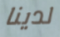
لدينا